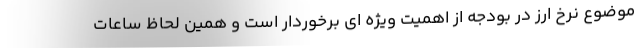
موضوع نرخ ارز در بودجه از اهمیت ویژه ای برخوردار است و همین لحاظ ساعات